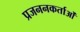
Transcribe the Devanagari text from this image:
प्रजननकर्ताओं